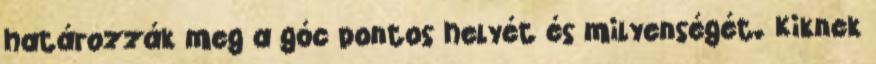
határozzák meg a góc pontos helyét és milyenségét. Kiknek